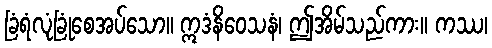
ခြံရံလုံခြုံစေအပ်သော။ ဣဒံနိဝေသနံ၊ ဤအိမ်သည်ကား။ ကဿ၊